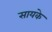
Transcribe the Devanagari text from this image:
सायके